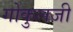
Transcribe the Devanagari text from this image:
गोकुलजी